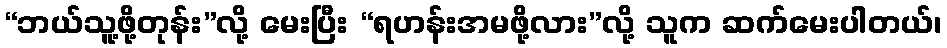
“ဘယ်သူ့ဖို့တုန်း”လို့ မေးပြီး “ရဟန်းအမဖို့လား”လို့ သူက ဆက်မေးပါတယ်၊